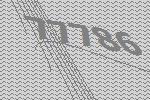
77786